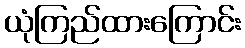
ယုံကြည်ထားကြောင်း